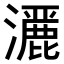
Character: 𤂢